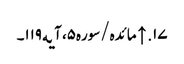
۱۷. ↑ مائده/سوره۵، آیه۱۱۹۔